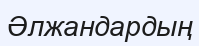
Әлжандардың